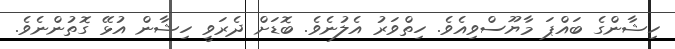
ހިޝާންގެ ބައްޕަ މާޔޫސްވިއެވެ. ހިތްވަރު އެލުނެވެ. ބޮޑަށް ދެރަވީ ހިޝާން އުޅޭ ގޮތުންނެވެ.